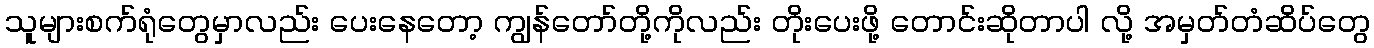
သူများစက်ရုံတွေမှာလည်း ပေးနေတော့ ကျွန်တော်တို့ကိုလည်း တိုးပေးဖို့ တောင်းဆိုတာပါ လို့ အမှတ်တံဆိပ်တွေ